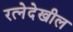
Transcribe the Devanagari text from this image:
रत्‍नेदेखील